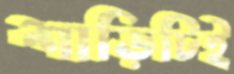
শাড়িটিই